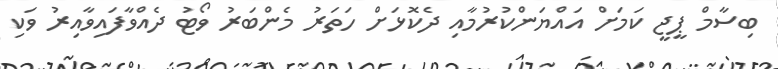
ބިސާމް ޕީޖީ ކަމަށް އައްޔަންކުރުމާއި ދެކޮޅަށް ހަތަރު މެންބަރު ވޯޓު ދެއްވާފައިވާއިރު ވަކި